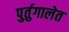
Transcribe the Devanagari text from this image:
पुर्तुगालेत